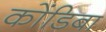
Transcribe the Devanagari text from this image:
कोंडिबा